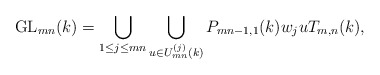
\begin{align*}\mathrm{GL}_{mn}(k)=\bigcup \limits_{1\leq j \leq mn}\bigcup \limits_{u\in U^{(j)}_{mn}(k)}P_{mn-1,1}(k)w_ju T_{m,n}(k),\end{align*}